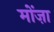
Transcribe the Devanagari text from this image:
मोंज़ा